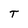
Character: T